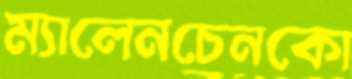
ম্যালেনচেনকো